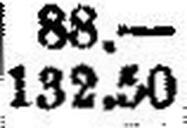
132.50